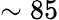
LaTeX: \sim 85